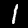
Label: 1